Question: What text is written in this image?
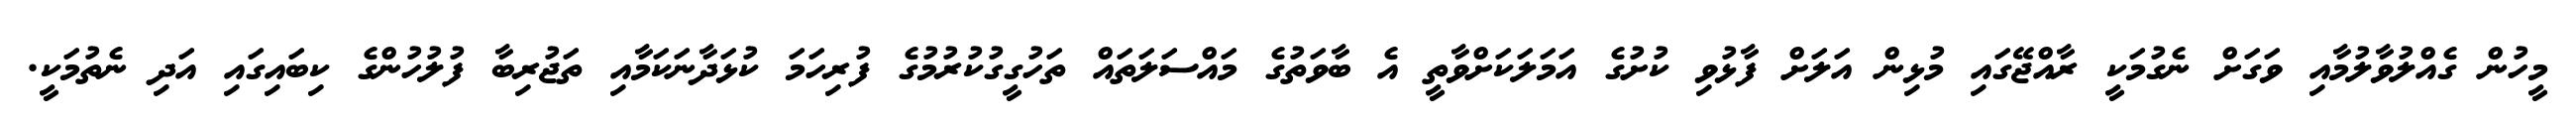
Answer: މީހުން ގެއްލުވާލުމާއި ވަގަށް ނެގުމަކީ ރާއްޖޭގައި މުޅިން އަލަށް ފާޅުވި ކުށުގެ އަމަލަކަށްވާތީ އެ ބާވަތުގެ މައްސަލަތައް ތަހުގީގުކުރުމުގެ ފުރިހަމަ ކުޅަދާނަކަމާއި ތަޖުރިބާ ފުލުހުންގެ ކިބައިގައި އަދި ނެތުމަކީ.